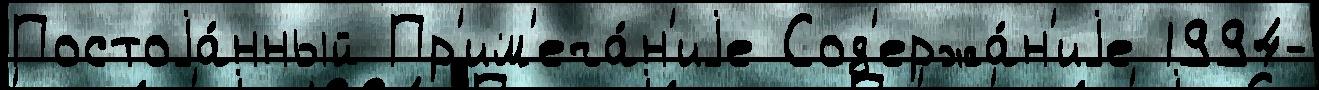
Постоjа́нный Пр'им'еча́н'иjе Сод'ержа́н'иjе 1994-